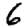
Digit: 6